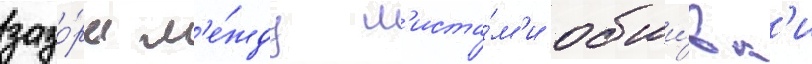
зазо́ры м'е́жду л'иста́м'и обши́вк'и